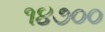
૧૪૭૦૦